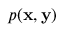
p ( \mathbf { x } , \mathbf { y } )